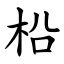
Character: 柗